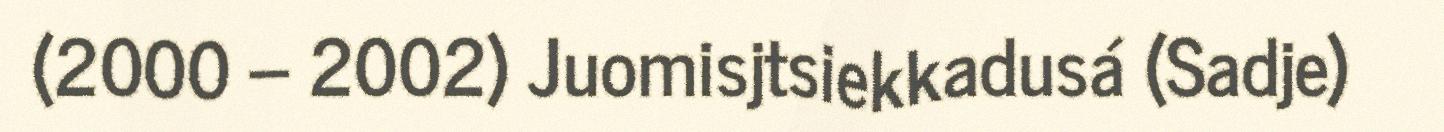
(2000 – 2002) Juomisjtsiekkadusá (Sadje)